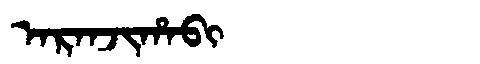
Manchu: ᠠᡵᠠᠨᠵᡳᡥᠠᠪᡳ
Romanization: ARANJIHABI